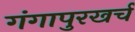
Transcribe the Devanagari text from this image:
गंगापुरखर्च